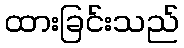
ထားခြင်းသည်